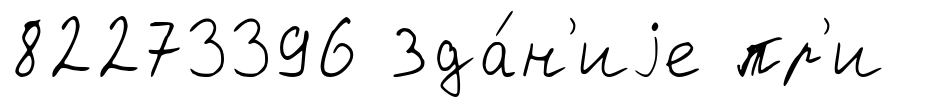
82273396 Зда́н'иjе пр'и